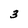
Character: 3